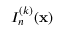
I _ { n } ^ { ( k ) } ( { \bf x } )